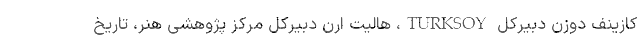
کازینف دوزن دبیرکل TURKSOY، هالیت ارن دبیرکل مرکز پژوهشی هنر، تاریخ